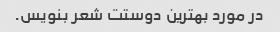
در مورد بهترین دوستت شعر بنویس.